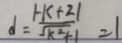
d = \frac { \vert - k + 2 \vert } { \sqrt { k ^ { 2 } + 1 } } = 1